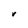
Character: V